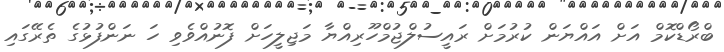
ބްރޯޑްކޮމް އަށް އައްޔަން ކުރުމަށް ރައީސުލްޖުމްހޫރިއްޔާ މަޖިލީހަށް ފޮނުއްވެވި ހަ ނަންފުޅުގެ ތެރޭގައި